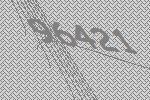
96421